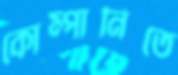
কোম্পানিতে